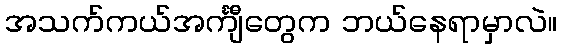
အသက်ကယ်အင်္ကျီတွေက ဘယ်နေရာမှာလဲ။